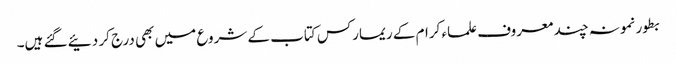
بطور نمونہ چند معروف علماء کرام کے ریمارکس کتاب کے شروع میں بھی درج کر دئیے گئے ہیں۔